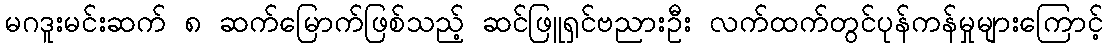
မဂဒူးမင်းဆက် ၈ ဆက်မြောက်ဖြစ်သည့် ဆင်ဖြူရှင်ဗညားဦး လက်ထက်တွင်ပုန်ကန်မှုများကြောင့်